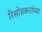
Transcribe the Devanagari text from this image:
रिसोडकरांच्या